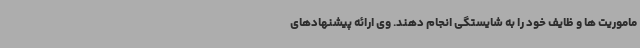
ماموریت ها و ظایف خود را به شایستگی انجام دهند. وی ارائه پیشنهادهای